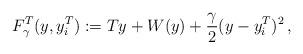
LaTeX: \begin{align*} F^T_{\gamma}(y, y_i^T):= T y + W (y) + {\gamma\over 2} (y-y^T_{i})^2 \, , \end{align*}